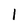
Character: 1